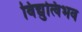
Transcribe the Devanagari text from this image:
विद्युत्विभव